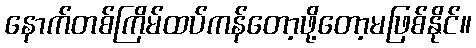
နောက်တစ်ကြိမ်ထပ်ကန်တော့ဖို့တော့မဖြစ်နိုင်။